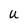
Character: u